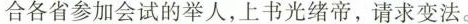
合各省参加会试的举人，上书光绪帝，请求变法。